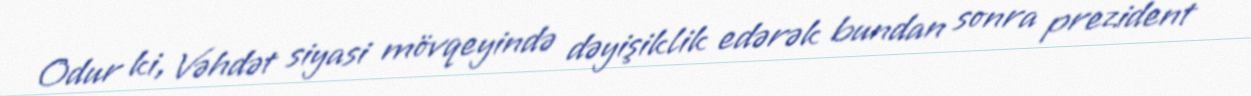
Odur ki, Vəhdət siyasi mövqeyində dəyişiklik edərək bundan sonra prezident